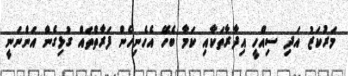
މަރުކަޒު އަދި ސިއްހީ އިދާރާތަކާއި ކަމާ ބެހޭ އެހެނިހެން ފަރާތްތައް ގުޅިގެން އަންނަނީ